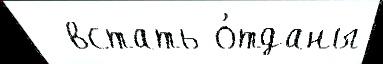
  встать о́тданы